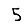
Digit: 5